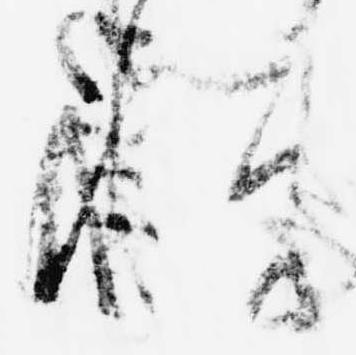
悦